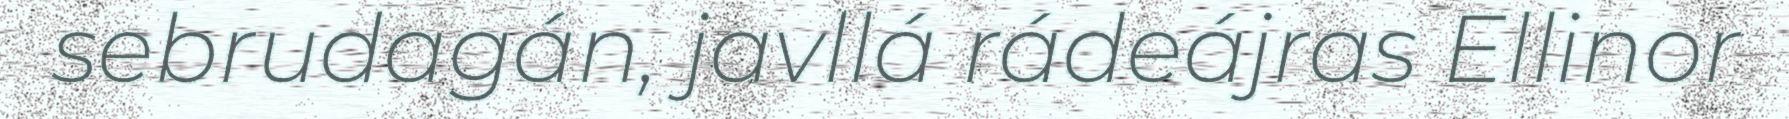
sebrudagán, javllá rádeájras Ellinor